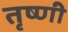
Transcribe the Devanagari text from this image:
तृष्णी